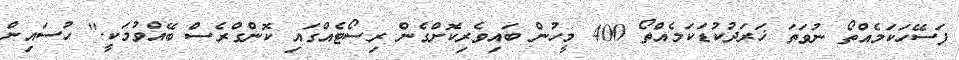
ފަސޭހަކަމެއްތޯ ނުވަތަ ޚަރަދުކުޑަކަމެއްތޯ 400 މީހުން ބައިވެރިކޮށްގެން ރިސޯޓެއްގައި ކޮންގްރެސް ބޭއްވުމަކީ." ހުސައިން